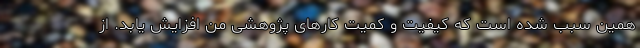
همین سبب شده است که کیفیت و کمیت کارهای پژوهشی من افزایش یابد. از